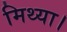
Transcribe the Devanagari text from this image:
मिथ्या।